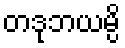
တဒုဘယမ္ပိ